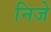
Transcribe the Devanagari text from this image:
निजे